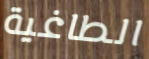
الطاغية